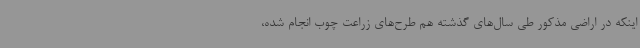
اینکه در اراضی مذکور طی سال‌های گذشته هم طرح‌های زراعت چوب انجام شده،